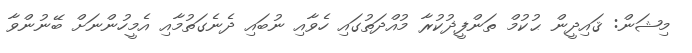
މިޝަން: ޤައިދީން ޙުކުމް ތަންފީޛުކުރާ މުއްދަތުގައި ހެވާއި ނުބައި ދެނެގަތުމާއި އެމީހުންނަށް ބޭނުންވާ